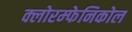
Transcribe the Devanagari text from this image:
क्लोरम्फेनिकोल